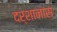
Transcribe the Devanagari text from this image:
दर्शानास